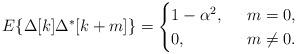
LaTeX: \begin{align*}E\{\Delta[k] \Delta^*[k+m]\}=\begin{cases}1-\alpha^2, & \;\; m=0,\\0, & \;\; m\neq 0.\end{cases}\end{align*}